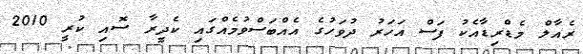
ރެއާލް މެޑްރިޑާއެކު ފަސް އަހަރު ދުވަހުގެ އެއްބަސްވުމެއްގައި ކެދީރާ ސޮއި ކުރީ 2010